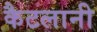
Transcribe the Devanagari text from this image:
कैटलानी